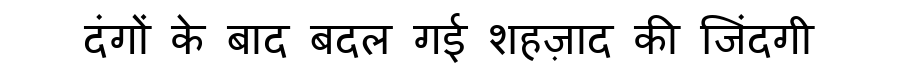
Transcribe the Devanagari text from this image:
दंगों के बाद बदल गई शहज़ाद की जिंदगी